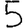
Digit: 5